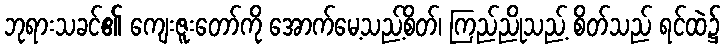
ဘုရားသခင်၏ ကျေးဇူးတော်ကို အောက်မေ့သည့်စိတ်၊ ကြည်ညိုသည့် စိတ်သည် ရင်ထဲ၌